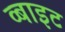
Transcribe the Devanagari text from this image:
व्बाइट